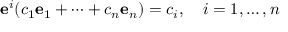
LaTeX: \mathbf { e } ^ { i } ( c _ { 1 } \mathbf { e } _ { 1 } + \cdots + c _ { n } \mathbf { e } _ { n } ) = c _ { i } , \quad i = 1 , \ldots , n